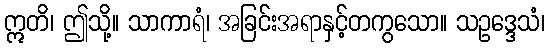
ဣတိ၊ ဤသို့။ သာကာရံ၊ အခြင်းအရာနှင့်တကွသော။ သဥဒ္ဒေသံ၊